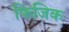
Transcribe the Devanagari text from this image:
फिजिक